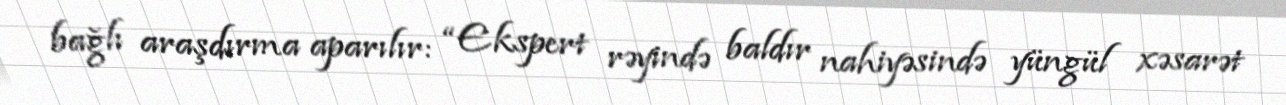
bağlı araşdırma aparılır: “Ekspert rəyində baldır nahiyəsində yüngül xəsarət